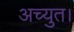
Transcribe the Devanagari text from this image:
अच्युत।